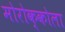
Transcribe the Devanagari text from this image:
मोरोक्कोला